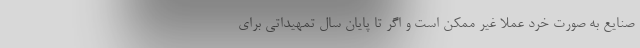
صنایع به صورت خرد عملا غیر ممکن است و اگر تا پایان سال تمهیداتی برای